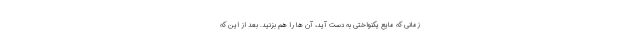
زمانی که مایع یکنواختی به دست آید، آن ها را هم بزنید. بعد از این که